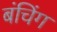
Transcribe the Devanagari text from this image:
बंचिंग